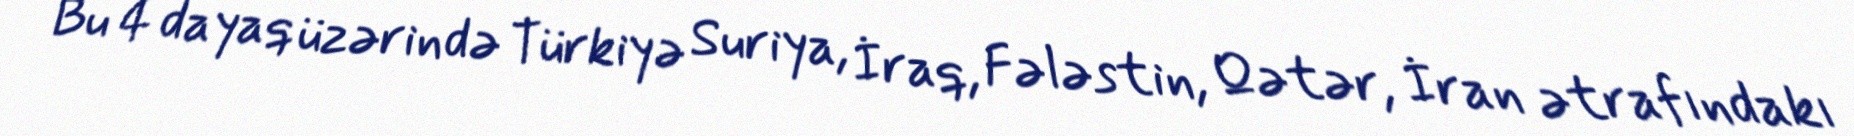
Bu 4 dayaq üzərində Türkiyə Suriya, İraq, Fələstin, Qətər, İran ətrafındakı